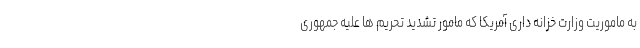
به ماموریت وزارت خزانه داری آمریکا که مامور تشدید تحریم ها علیه جمهوری